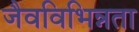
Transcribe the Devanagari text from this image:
जैवविभिन्नता